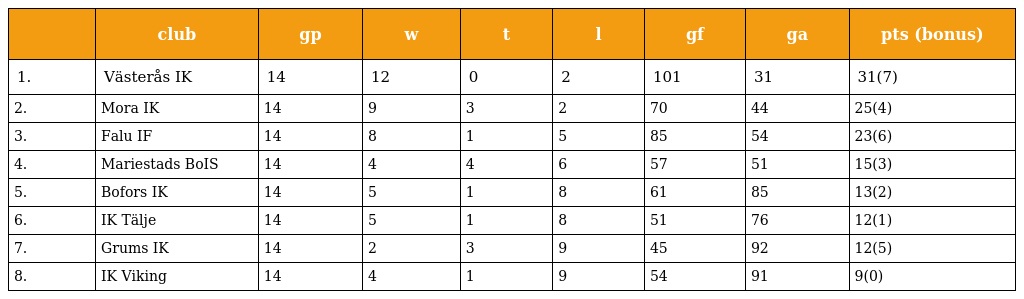
|  | club | gp | w | t | l | gf | ga | pts (bonus) |
 | --- | --- | --- | --- | --- | --- | --- | --- | --- |
 | 1. | Västerås IK | 14 | 12 | 0 | 2 | 101 | 31 | 31(7) |
 | 2. | Mora IK | 14 | 9 | 3 | 2 | 70 | 44 | 25(4) |
 | 3. | Falu IF | 14 | 8 | 1 | 5 | 85 | 54 | 23(6) |
 | 4. | Mariestads BoIS | 14 | 4 | 4 | 6 | 57 | 51 | 15(3) |
 | 5. | Bofors IK | 14 | 5 | 1 | 8 | 61 | 85 | 13(2) |
 | 6. | IK Tälje | 14 | 5 | 1 | 8 | 51 | 76 | 12(1) |
 | 7. | Grums IK | 14 | 2 | 3 | 9 | 45 | 92 | 12(5) |
 | 8. | IK Viking | 14 | 4 | 1 | 9 | 54 | 91 | 9(0) |